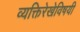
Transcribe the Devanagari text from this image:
व्यक्तिरेखेविषयी